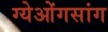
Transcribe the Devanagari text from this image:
ग्येओंगसांग